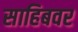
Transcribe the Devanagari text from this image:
साहिबवर